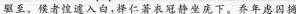
驱至。候者惶遗入白，择仁著衣冠静坐庑下。乔年虑囚摘